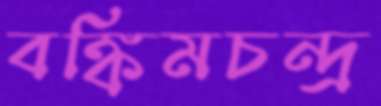
বঙ্কিমচন্দ্র